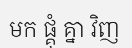
មក ផ្គុំ គ្នា វិញ